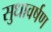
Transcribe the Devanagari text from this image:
सुधावर्षण